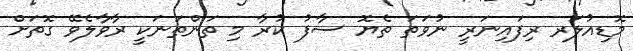
މޮޑިއުލަރ ރިފައިނަރީ ނުވަތަ ތެޔޮ ސާފު ކުރާ މި ތަންތަނަކީ ރާވާލެވޭ ގޮތަށް